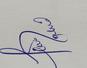
Signature authenticity: genuine